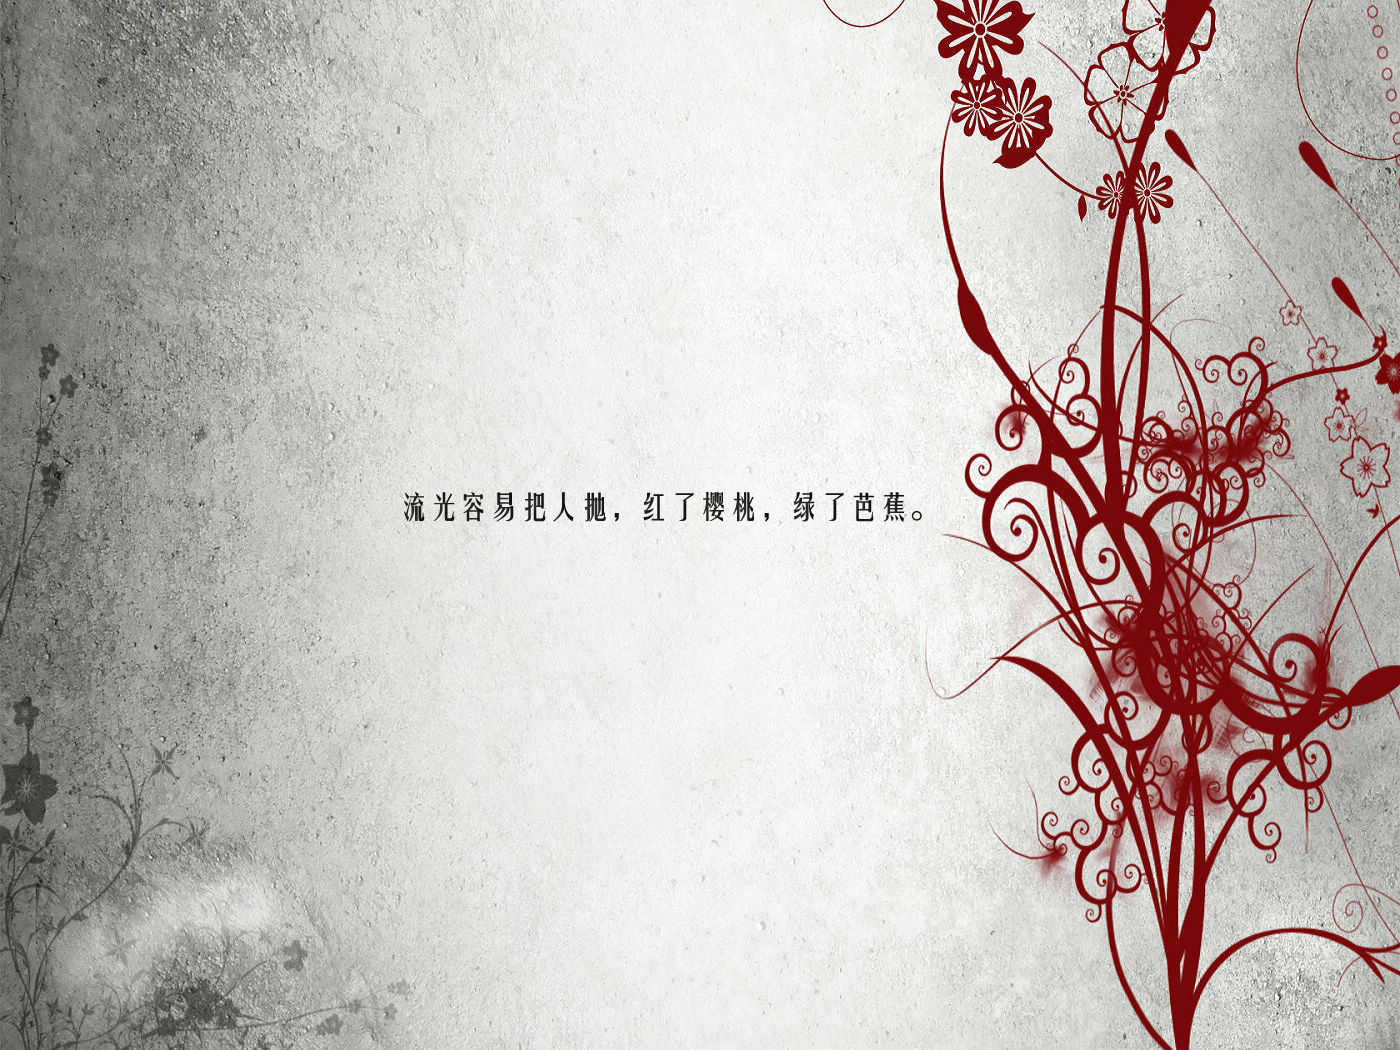
流光容易把人抛，红了樱桃，绿了芭蕉。